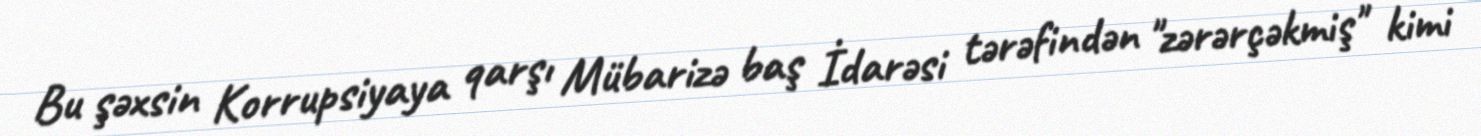
Bu şəxsin Korrupsiyaya qarşı Mübarizə baş İdarəsi tərəfindən "zərərçəkmiş" kimi